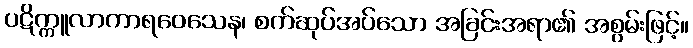
ပဋိက္ကူလာကာရဝေသေန၊ စက်ဆုပ်အပ်သော အခြင်းအရာ၏ အစွမ်းဖြင့်။